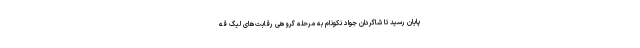
پایان رسید تا شاگردان جواد نکونام به مرحله گروهی رقابت‌های لیگ قه